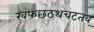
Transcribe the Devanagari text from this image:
खफछठथचटतव्